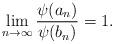
LaTeX: \begin{align*}\lim_{n \to \infty} \frac{\psi(a_n)}{\psi(b_n)} = 1.\end{align*}